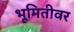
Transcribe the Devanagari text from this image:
भूमितीवर